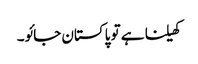
کھیلنا ہے تو پاکستان جائو۔